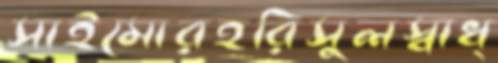
সাইমোরহরিসুলস্বাধ্